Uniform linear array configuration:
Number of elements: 8
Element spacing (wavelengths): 0.25
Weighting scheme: uniform
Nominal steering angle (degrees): -60
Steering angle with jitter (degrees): -60.84
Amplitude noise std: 0.05
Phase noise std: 0.05

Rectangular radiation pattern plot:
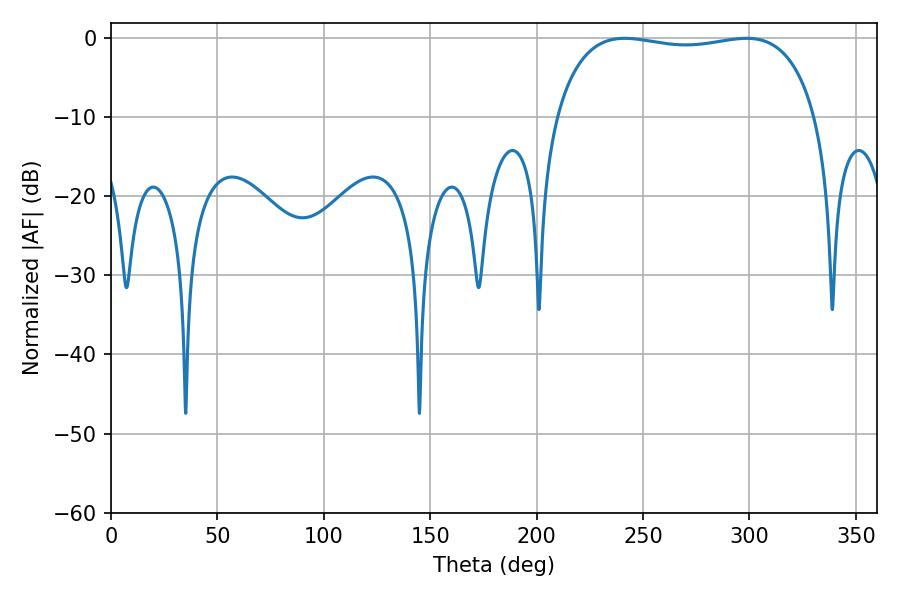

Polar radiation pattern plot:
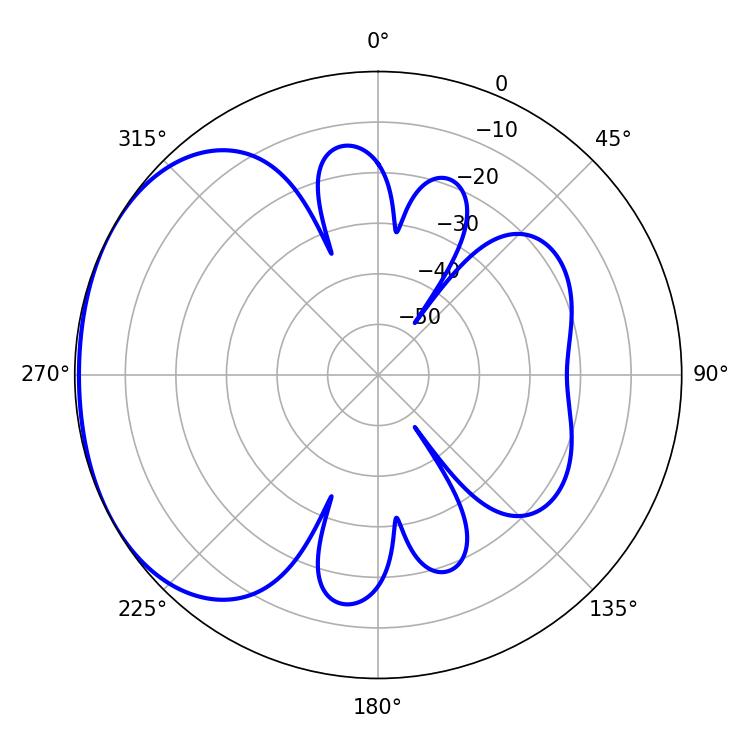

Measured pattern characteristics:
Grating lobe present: FALSE
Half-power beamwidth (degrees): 98.64
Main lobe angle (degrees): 241.38